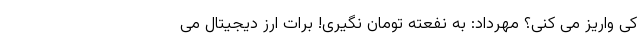
کی واریز می کنی؟ مهرداد: به نفعته تومان نگیری! برات ارز دیجیتال می